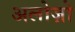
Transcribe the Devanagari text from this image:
अलोज़ो